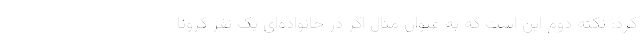
کرد: نکته دوم این است که به عنوان مثال اگر در خانواده‌ای یک نفر کرونا